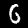
Digit: 6